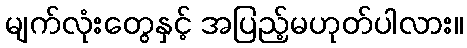
မျက်လုံးတွေနှင့် အပြည့်မဟုတ်ပါလား။